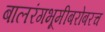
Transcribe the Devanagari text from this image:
बालरंगभूमीबरोबरच